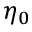
\eta _ { 0 }